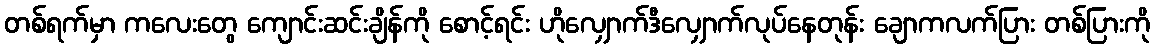
တစ်ရက်မှာ ကလေးတွေ ကျောင်းဆင်းချိန်ကို စောင့်ရင်း ဟိုလျှောက်ဒီလျှောက်လုပ်နေတုန်း ချောကလက်ပြား တစ်ပြားကို